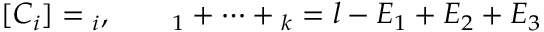
[ C _ { i } ] = \O _ { i } , \qquad \O _ { 1 } + \dots + \O _ { k } = l - E _ { 1 } + E _ { 2 } + E _ { 3 }